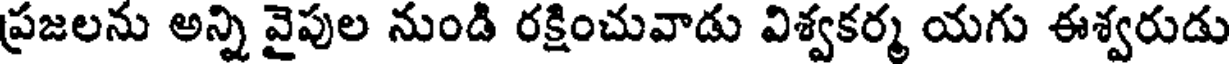
ప్రజలను అన్ని వైపుల నుండి రక్షించువాడు విశ్వకర్మ యగు ఈశ్వరుడు